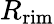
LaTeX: R_{\mathrm{rim}}